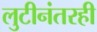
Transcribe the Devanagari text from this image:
लुटीनंतरही